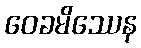
ဝေခမိဿေန